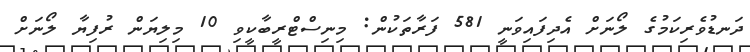
ދަނޑުވެރިކަމުގެ ލޯނަށް އެދިފައިވަނީ 581 ފަރާތަކުން: މިނިސްޓްރީބާކީވި 10 މިލިޔަން ރުފިޔާ ލޯނަށް